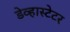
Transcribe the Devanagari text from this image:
डेव्हास्टेटर